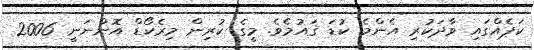
ކަޕެއްގައި ވާދަކުރި އެންމެ ކުޑަ ޤައުމެވެ. މީގެ ކުރިން މިރެކޯޑް އޮންނަނީ 2006